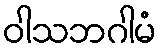
ဝါသဘဂါမံ